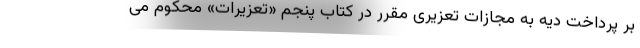
بر پرداخت دیه به مجازات تعزیری مقرر در کتاب پنجم «تعزیرات» محکوم می